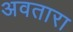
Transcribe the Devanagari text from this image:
अवतारा